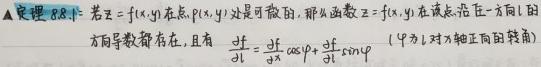
定理 8.8.1 若 $z = f(x,y)$ 在点 $P(x,y)$ 处是可微的, 那么函数 $z = f(x,y)$ 在该点沿任一方向 $l$ 的方向导数存在, 且有 $\frac{\partial f}{\partial l}=\frac{\partial f}{\partial x}\cos \varphi+\frac{\partial f}{\partial y}\sin \varphi$ ( 其中 $\varphi$ 为 $l$ 与 $x$ 轴正向的转角)